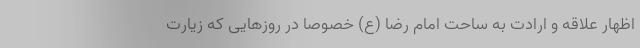
اظهار علاقه و ارادت به ساحت امام رضا (ع) خصوصا در روزهایی که زیارت